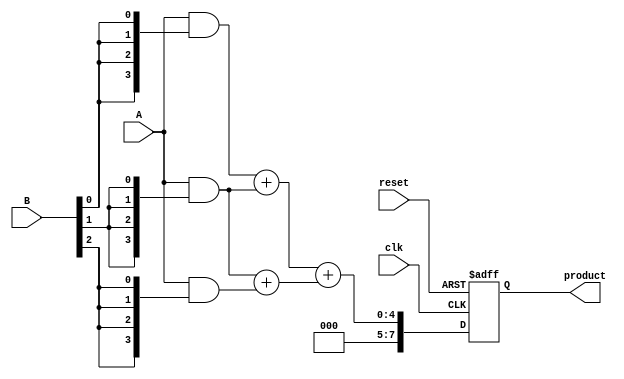
module dadda_multiplier #(parameter N = 4) (
    input wire [N-1:0] A,
    input wire [N-1:0] B,
    input wire clk,
    input wire reset,
    output reg [2*N-1:0] product
);

    // Partial products
    wire [N-1:0] pp [0:N-1]; // Partial products array

    // Generate partial products
    genvar i;
    generate
        for (i = 0; i < N; i = i + 1) begin : gen_partial_products
            assign pp[i] = A & {N{B[i]}};
        end
    endgenerate

    // Reduction tree
    wire [N-1:0] sum [0:N-1]; // Sums for reduction
    wire [N-1:0] carry [0:N-1]; // Carries for reduction

    // Initial stage of reduction
    generate
        for (i = 0; i < N-1; i = i + 1) begin : reduction_stage
            if (i < N-1) begin
                // Half adder for the first two rows
                assign {carry[i], sum[i]} = pp[i] + pp[i+1];
            end
        end
    endgenerate

    // Further reduction stages
    // This part can be expanded based on the Dadda reduction algorithm
    // For simplicity, we will just show a basic structure
    wire [N-1:0] final_sum;
    wire final_carry;

    // Final addition of reduced rows
    always @(posedge clk or posedge reset) begin
        if (reset) begin
            product <= 0;
        end else begin
            // Assuming we have reduced to two rows, we add them
            {final_carry, final_sum} = sum[0] + sum[1]; // Example of final addition
            product <= {final_carry, final_sum}; // Store the final product
        end
    end

endmodule